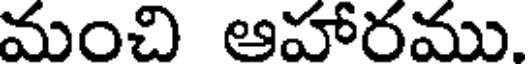
మంచి ఆహారము.